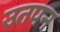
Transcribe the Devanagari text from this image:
उतपन